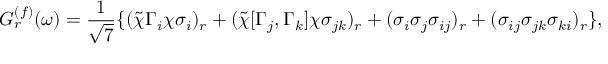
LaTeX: G _ { r } ^ { ( f ) } ( \omega ) = \frac { 1 } { \sqrt { 7 } } \{ ( \tilde { \chi } \Gamma _ { i } \chi \sigma _ { i } ) _ { r } + ( \tilde { \chi } [ \Gamma _ { j } , \Gamma _ { k } ] \chi \sigma _ { j k } ) _ { r } + ( \sigma _ { i } \sigma _ { j } \sigma _ { i j } ) _ { r } + ( \sigma _ { i j } \sigma _ { j k } \sigma _ { k i } ) _ { r } \} ,